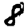
Digit: 8